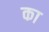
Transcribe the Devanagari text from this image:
का